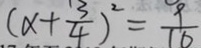
( x + \frac { 3 } { 4 } ) ^ { 2 } = \frac { 9 } { 1 6 }